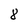
Character: 8